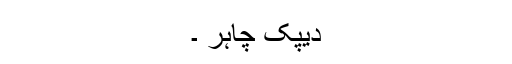
دیپک چاہر ۔